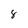
Character: 8